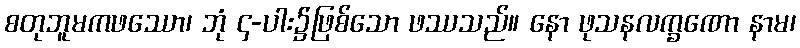
စတုဘူမကဖဿော၊ ဘုံ ၄-ပါး၌ဖြစ်သော ဖဿသည်။ နော ဖုသနလက္ခဏော နာမ၊